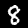
Digit: 8